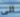
الى